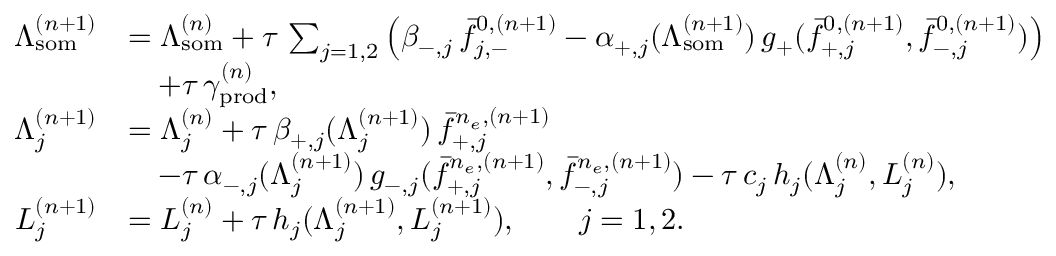
\begin{array} { r l } { \Lambda _ { \mathrm { s o m } } ^ { ( n + 1 ) } } & { = \Lambda _ { \mathrm { s o m } } ^ { ( n ) } + \tau \, \sum _ { j = 1 , 2 } \left( \beta _ { - , j } \, \bar { f } _ { j , - } ^ { 0 , ( n + 1 ) } - \alpha _ { + , j } ( \Lambda _ { \mathrm { s o m } } ^ { ( n + 1 ) } ) \, g _ { + } ( \bar { f } _ { + , j } ^ { 0 , ( n + 1 ) } , \bar { f } _ { - , j } ^ { 0 , ( n + 1 ) } ) \right) } \\ & { \quad + \tau \, \gamma _ { \mathrm { p r o d } } ^ { ( n ) } , } \\ { \Lambda _ { j } ^ { ( n + 1 ) } } & { = \Lambda _ { j } ^ { ( n ) } + \tau \, \beta _ { + , j } ( \Lambda _ { j } ^ { ( n + 1 ) } ) \, \bar { f } _ { + , j } ^ { n _ { e } , ( n + 1 ) } } \\ & { \quad - \tau \, \alpha _ { - , j } ( \Lambda _ { j } ^ { ( n + 1 ) } ) \, g _ { - , j } ( \bar { f } _ { + , j } ^ { n _ { e } , ( n + 1 ) } , \bar { f } _ { - , j } ^ { n _ { e } , ( n + 1 ) } ) - \tau \, c _ { j } \, h _ { j } ( \Lambda _ { j } ^ { ( n ) } , L _ { j } ^ { ( n ) } ) , } \\ { L _ { j } ^ { ( n + 1 ) } } & { = L _ { j } ^ { ( n ) } + \tau \, h _ { j } ( \Lambda _ { j } ^ { ( n + 1 ) } , L _ { j } ^ { ( n + 1 ) } ) , \qquad j = 1 , 2 . } \end{array}